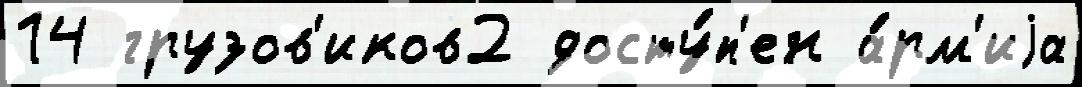
14 грузов'иков2 досту́п'ен а́рм'иjа